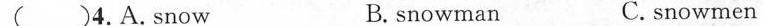
() 4. A. Snow B. snowman C. snowmen